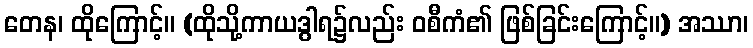
တေန၊ ထိုကြောင့်။ (ထိုသို့ကာယဒွါရ၌လည်း ဝစီကံ၏ ဖြစ်ခြင်းကြောင့်။) အဿာ၊